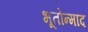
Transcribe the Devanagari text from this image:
भूतोन्माद